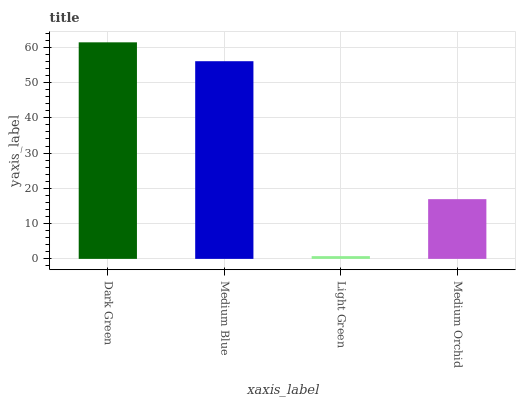
| xaxis_label | bars |
 | --- | --- |
 | Dark Green | 61.4 |
 | Medium Blue | 56 |
 | Light Green | 0.778 |
 | Medium Orchid | 16.9 |